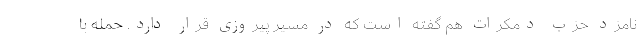
نامزد حزب دمکرات هم گفته است که در مسیر پیروزی قرار دارد. حمله با